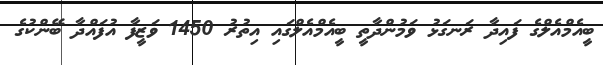
ބީއެމްއެލްގެ ފައިދާ ރަނގަޅު ވަމުންދާތީ ބީއެމްއެލްގައި އިތުރު 1450 ވަޒީފާ އުފައްދާ ބޭންކުގެ